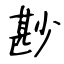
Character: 尠